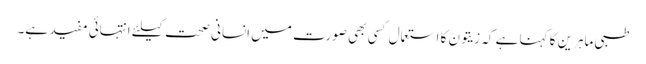
طبی ماہرین کا کہنا ہے کہ زیتون کا استعمال کسی بھی صورت میں انسانی صحت کیلئے انتہائی مفید ہے۔